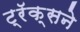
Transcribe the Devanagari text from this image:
ट्रॅक्सने